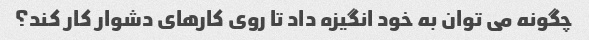
چگونه می توان به خود انگیزه داد تا روی کارهای دشوار کار کند؟